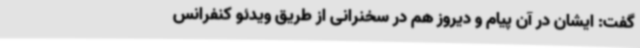
گفت: ایشان در آن پیام و دیروز هم در سخنرانی از طریق ویدئو کنفرانس